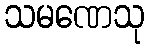
သမဏေသု